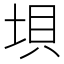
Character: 垻